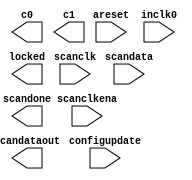
// megafunction wizard: %ALTPLL%VBB%
// GENERATION: STANDARD
// VERSION: WM1.0
// MODULE: altpll 

// ============================================================
// Megafunction Name(s):
// 			altpll
//
// Simulation Library Files(s):
// 			altera_mf
// ============================================================
// ************************************************************
// THIS IS A WIZARD-GENERATED FILE. DO NOT EDIT THIS FILE!
//
// 18.1.0 Build 625 09/12/2018 SJ Lite Edition
// ************************************************************

//Copyright (C) 2018  Intel Corporation. All rights reserved.
//Your use of Intel Corporation's design tools, logic functions 
//and other software and tools, and its AMPP partner logic 
//functions, and any output files from any of the foregoing 
//(including device programming or simulation files), and any 
//associated documentation or information are expressly subject 
//to the terms and conditions of the Intel Program License 
//Subscription Agreement, the Intel Quartus Prime License Agreement,
//the Intel FPGA IP License Agreement, or other applicable license
//agreement, including, without limitation, that your use is for
//the sole purpose of programming logic devices manufactured by
//Intel and sold by Intel or its authorized distributors.  Please
//refer to the applicable agreement for further details.

module pll_vo (
	areset,
	configupdate,
	inclk0,
	scanclk,
	scanclkena,
	scandata,
	c0,
	c1,
	locked,
	scandataout,
	scandone);

	input	  areset;
	input	  configupdate;
	input	  inclk0;
	input	  scanclk;
	input	  scanclkena;
	input	  scandata;
	output	  c0;
	output	  c1;
	output	  locked;
	output	  scandataout;
	output	  scandone;
`ifndef ALTERA_RESERVED_QIS
// synopsys translate_off
`endif
	tri0	  areset;
	tri0	  configupdate;
	tri0	  scanclkena;
	tri0	  scandata;
`ifndef ALTERA_RESERVED_QIS
// synopsys translate_on
`endif

endmodule

// ============================================================
// CNX file retrieval info
// ============================================================
// Retrieval info: PRIVATE: ACTIVECLK_CHECK STRING "0"
// Retrieval info: PRIVATE: BANDWIDTH STRING "1.000"
// Retrieval info: PRIVATE: BANDWIDTH_FEATURE_ENABLED STRING "1"
// Retrieval info: PRIVATE: BANDWIDTH_FREQ_UNIT STRING "MHz"
// Retrieval info: PRIVATE: BANDWIDTH_PRESET STRING "Low"
// Retrieval info: PRIVATE: BANDWIDTH_USE_AUTO STRING "1"
// Retrieval info: PRIVATE: BANDWIDTH_USE_PRESET STRING "0"
// Retrieval info: PRIVATE: CLKBAD_SWITCHOVER_CHECK STRING "0"
// Retrieval info: PRIVATE: CLKLOSS_CHECK STRING "0"
// Retrieval info: PRIVATE: CLKSWITCH_CHECK STRING "0"
// Retrieval info: PRIVATE: CNX_NO_COMPENSATE_RADIO STRING "0"
// Retrieval info: PRIVATE: CREATE_CLKBAD_CHECK STRING "0"
// Retrieval info: PRIVATE: CREATE_INCLK1_CHECK STRING "0"
// Retrieval info: PRIVATE: CUR_DEDICATED_CLK STRING "c0"
// Retrieval info: PRIVATE: CUR_FBIN_CLK STRING "c0"
// Retrieval info: PRIVATE: DEVICE_SPEED_GRADE STRING "Any"
// Retrieval info: PRIVATE: DIV_FACTOR0 NUMERIC "1"
// Retrieval info: PRIVATE: DIV_FACTOR1 NUMERIC "2"
// Retrieval info: PRIVATE: DUTY_CYCLE0 STRING "50.00000000"
// Retrieval info: PRIVATE: DUTY_CYCLE1 STRING "50.00000000"
// Retrieval info: PRIVATE: EFF_OUTPUT_FREQ_VALUE0 STRING "175.000000"
// Retrieval info: PRIVATE: EFF_OUTPUT_FREQ_VALUE1 STRING "87.500000"
// Retrieval info: PRIVATE: EXPLICIT_SWITCHOVER_COUNTER STRING "0"
// Retrieval info: PRIVATE: EXT_FEEDBACK_RADIO STRING "0"
// Retrieval info: PRIVATE: GLOCKED_COUNTER_EDIT_CHANGED STRING "1"
// Retrieval info: PRIVATE: GLOCKED_FEATURE_ENABLED STRING "0"
// Retrieval info: PRIVATE: GLOCKED_MODE_CHECK STRING "0"
// Retrieval info: PRIVATE: GLOCK_COUNTER_EDIT NUMERIC "1048575"
// Retrieval info: PRIVATE: HAS_MANUAL_SWITCHOVER STRING "1"
// Retrieval info: PRIVATE: INCLK0_FREQ_EDIT STRING "25.000"
// Retrieval info: PRIVATE: INCLK0_FREQ_UNIT_COMBO STRING "MHz"
// Retrieval info: PRIVATE: INCLK1_FREQ_EDIT STRING "100.000"
// Retrieval info: PRIVATE: INCLK1_FREQ_EDIT_CHANGED STRING "1"
// Retrieval info: PRIVATE: INCLK1_FREQ_UNIT_CHANGED STRING "1"
// Retrieval info: PRIVATE: INCLK1_FREQ_UNIT_COMBO STRING "MHz"
// Retrieval info: PRIVATE: INTENDED_DEVICE_FAMILY STRING "Cyclone IV E"
// Retrieval info: PRIVATE: INT_FEEDBACK__MODE_RADIO STRING "1"
// Retrieval info: PRIVATE: LOCKED_OUTPUT_CHECK STRING "1"
// Retrieval info: PRIVATE: LONG_SCAN_RADIO STRING "1"
// Retrieval info: PRIVATE: LVDS_MODE_DATA_RATE STRING "Not Available"
// Retrieval info: PRIVATE: LVDS_MODE_DATA_RATE_DIRTY NUMERIC "0"
// Retrieval info: PRIVATE: LVDS_PHASE_SHIFT_UNIT0 STRING "deg"
// Retrieval info: PRIVATE: LVDS_PHASE_SHIFT_UNIT1 STRING "deg"
// Retrieval info: PRIVATE: MIG_DEVICE_SPEED_GRADE STRING "Any"
// Retrieval info: PRIVATE: MIRROR_CLK0 STRING "0"
// Retrieval info: PRIVATE: MIRROR_CLK1 STRING "0"
// Retrieval info: PRIVATE: MULT_FACTOR0 NUMERIC "1"
// Retrieval info: PRIVATE: MULT_FACTOR1 NUMERIC "7"
// Retrieval info: PRIVATE: NORMAL_MODE_RADIO STRING "1"
// Retrieval info: PRIVATE: OUTPUT_FREQ0 STRING "175.00000000"
// Retrieval info: PRIVATE: OUTPUT_FREQ1 STRING "87.50000000"
// Retrieval info: PRIVATE: OUTPUT_FREQ_MODE0 STRING "1"
// Retrieval info: PRIVATE: OUTPUT_FREQ_MODE1 STRING "1"
// Retrieval info: PRIVATE: OUTPUT_FREQ_UNIT0 STRING "MHz"
// Retrieval info: PRIVATE: OUTPUT_FREQ_UNIT1 STRING "MHz"
// Retrieval info: PRIVATE: PHASE_RECONFIG_FEATURE_ENABLED STRING "1"
// Retrieval info: PRIVATE: PHASE_RECONFIG_INPUTS_CHECK STRING "0"
// Retrieval info: PRIVATE: PHASE_SHIFT0 STRING "0.00000000"
// Retrieval info: PRIVATE: PHASE_SHIFT1 STRING "0.00000000"
// Retrieval info: PRIVATE: PHASE_SHIFT_STEP_ENABLED_CHECK STRING "0"
// Retrieval info: PRIVATE: PHASE_SHIFT_UNIT0 STRING "deg"
// Retrieval info: PRIVATE: PHASE_SHIFT_UNIT1 STRING "deg"
// Retrieval info: PRIVATE: PLL_ADVANCED_PARAM_CHECK STRING "0"
// Retrieval info: PRIVATE: PLL_ARESET_CHECK STRING "1"
// Retrieval info: PRIVATE: PLL_AUTOPLL_CHECK NUMERIC "1"
// Retrieval info: PRIVATE: PLL_ENHPLL_CHECK NUMERIC "0"
// Retrieval info: PRIVATE: PLL_FASTPLL_CHECK NUMERIC "0"
// Retrieval info: PRIVATE: PLL_FBMIMIC_CHECK STRING "0"
// Retrieval info: PRIVATE: PLL_LVDS_PLL_CHECK NUMERIC "0"
// Retrieval info: PRIVATE: PLL_PFDENA_CHECK STRING "0"
// Retrieval info: PRIVATE: PLL_TARGET_HARCOPY_CHECK NUMERIC "0"
// Retrieval info: PRIVATE: PRIMARY_CLK_COMBO STRING "inclk0"
// Retrieval info: PRIVATE: RECONFIG_FILE STRING "pll_vo.mif"
// Retrieval info: PRIVATE: SACN_INPUTS_CHECK STRING "1"
// Retrieval info: PRIVATE: SCAN_FEATURE_ENABLED STRING "1"
// Retrieval info: PRIVATE: SELF_RESET_LOCK_LOSS STRING "0"
// Retrieval info: PRIVATE: SHORT_SCAN_RADIO STRING "0"
// Retrieval info: PRIVATE: SPREAD_FEATURE_ENABLED STRING "0"
// Retrieval info: PRIVATE: SPREAD_FREQ STRING "50.000"
// Retrieval info: PRIVATE: SPREAD_FREQ_UNIT STRING "KHz"
// Retrieval info: PRIVATE: SPREAD_PERCENT STRING "0.500"
// Retrieval info: PRIVATE: SPREAD_USE STRING "0"
// Retrieval info: PRIVATE: SRC_SYNCH_COMP_RADIO STRING "0"
// Retrieval info: PRIVATE: STICKY_CLK0 STRING "1"
// Retrieval info: PRIVATE: STICKY_CLK1 STRING "1"
// Retrieval info: PRIVATE: SWITCHOVER_COUNT_EDIT NUMERIC "1"
// Retrieval info: PRIVATE: SWITCHOVER_FEATURE_ENABLED STRING "1"
// Retrieval info: PRIVATE: SYNTH_WRAPPER_GEN_POSTFIX STRING "0"
// Retrieval info: PRIVATE: USE_CLK0 STRING "1"
// Retrieval info: PRIVATE: USE_CLK1 STRING "1"
// Retrieval info: PRIVATE: USE_CLKENA0 STRING "0"
// Retrieval info: PRIVATE: USE_CLKENA1 STRING "0"
// Retrieval info: PRIVATE: USE_MIL_SPEED_GRADE NUMERIC "0"
// Retrieval info: PRIVATE: ZERO_DELAY_RADIO STRING "0"
// Retrieval info: LIBRARY: altera_mf altera_mf.altera_mf_components.all
// Retrieval info: CONSTANT: BANDWIDTH_TYPE STRING "AUTO"
// Retrieval info: CONSTANT: CLK0_DIVIDE_BY NUMERIC "1"
// Retrieval info: CONSTANT: CLK0_DUTY_CYCLE NUMERIC "50"
// Retrieval info: CONSTANT: CLK0_MULTIPLY_BY NUMERIC "7"
// Retrieval info: CONSTANT: CLK0_PHASE_SHIFT STRING "0"
// Retrieval info: CONSTANT: CLK1_DIVIDE_BY NUMERIC "2"
// Retrieval info: CONSTANT: CLK1_DUTY_CYCLE NUMERIC "50"
// Retrieval info: CONSTANT: CLK1_MULTIPLY_BY NUMERIC "7"
// Retrieval info: CONSTANT: CLK1_PHASE_SHIFT STRING "0"
// Retrieval info: CONSTANT: COMPENSATE_CLOCK STRING "CLK0"
// Retrieval info: CONSTANT: INCLK0_INPUT_FREQUENCY NUMERIC "40000"
// Retrieval info: CONSTANT: INTENDED_DEVICE_FAMILY STRING "Cyclone IV E"
// Retrieval info: CONSTANT: LPM_TYPE STRING "altpll"
// Retrieval info: CONSTANT: OPERATION_MODE STRING "NORMAL"
// Retrieval info: CONSTANT: PLL_TYPE STRING "AUTO"
// Retrieval info: CONSTANT: PORT_ACTIVECLOCK STRING "PORT_UNUSED"
// Retrieval info: CONSTANT: PORT_ARESET STRING "PORT_USED"
// Retrieval info: CONSTANT: PORT_CLKBAD0 STRING "PORT_UNUSED"
// Retrieval info: CONSTANT: PORT_CLKBAD1 STRING "PORT_UNUSED"
// Retrieval info: CONSTANT: PORT_CLKLOSS STRING "PORT_UNUSED"
// Retrieval info: CONSTANT: PORT_CLKSWITCH STRING "PORT_UNUSED"
// Retrieval info: CONSTANT: PORT_CONFIGUPDATE STRING "PORT_USED"
// Retrieval info: CONSTANT: PORT_FBIN STRING "PORT_UNUSED"
// Retrieval info: CONSTANT: PORT_INCLK0 STRING "PORT_USED"
// Retrieval info: CONSTANT: PORT_INCLK1 STRING "PORT_UNUSED"
// Retrieval info: CONSTANT: PORT_LOCKED STRING "PORT_USED"
// Retrieval info: CONSTANT: PORT_PFDENA STRING "PORT_UNUSED"
// Retrieval info: CONSTANT: PORT_PHASECOUNTERSELECT STRING "PORT_UNUSED"
// Retrieval info: CONSTANT: PORT_PHASEDONE STRING "PORT_UNUSED"
// Retrieval info: CONSTANT: PORT_PHASESTEP STRING "PORT_UNUSED"
// Retrieval info: CONSTANT: PORT_PHASEUPDOWN STRING "PORT_UNUSED"
// Retrieval info: CONSTANT: PORT_PLLENA STRING "PORT_UNUSED"
// Retrieval info: CONSTANT: PORT_SCANACLR STRING "PORT_UNUSED"
// Retrieval info: CONSTANT: PORT_SCANCLK STRING "PORT_USED"
// Retrieval info: CONSTANT: PORT_SCANCLKENA STRING "PORT_USED"
// Retrieval info: CONSTANT: PORT_SCANDATA STRING "PORT_USED"
// Retrieval info: CONSTANT: PORT_SCANDATAOUT STRING "PORT_USED"
// Retrieval info: CONSTANT: PORT_SCANDONE STRING "PORT_USED"
// Retrieval info: CONSTANT: PORT_SCANREAD STRING "PORT_UNUSED"
// Retrieval info: CONSTANT: PORT_SCANWRITE STRING "PORT_UNUSED"
// Retrieval info: CONSTANT: PORT_clk0 STRING "PORT_USED"
// Retrieval info: CONSTANT: PORT_clk1 STRING "PORT_USED"
// Retrieval info: CONSTANT: PORT_clk2 STRING "PORT_UNUSED"
// Retrieval info: CONSTANT: PORT_clk3 STRING "PORT_UNUSED"
// Retrieval info: CONSTANT: PORT_clk4 STRING "PORT_UNUSED"
// Retrieval info: CONSTANT: PORT_clk5 STRING "PORT_UNUSED"
// Retrieval info: CONSTANT: PORT_clkena0 STRING "PORT_UNUSED"
// Retrieval info: CONSTANT: PORT_clkena1 STRING "PORT_UNUSED"
// Retrieval info: CONSTANT: PORT_clkena2 STRING "PORT_UNUSED"
// Retrieval info: CONSTANT: PORT_clkena3 STRING "PORT_UNUSED"
// Retrieval info: CONSTANT: PORT_clkena4 STRING "PORT_UNUSED"
// Retrieval info: CONSTANT: PORT_clkena5 STRING "PORT_UNUSED"
// Retrieval info: CONSTANT: PORT_extclk0 STRING "PORT_UNUSED"
// Retrieval info: CONSTANT: PORT_extclk1 STRING "PORT_UNUSED"
// Retrieval info: CONSTANT: PORT_extclk2 STRING "PORT_UNUSED"
// Retrieval info: CONSTANT: PORT_extclk3 STRING "PORT_UNUSED"
// Retrieval info: CONSTANT: SELF_RESET_ON_LOSS_LOCK STRING "OFF"
// Retrieval info: CONSTANT: WIDTH_CLOCK NUMERIC "5"
// Retrieval info: CONSTANT: scan_chain_mif_file STRING "pll_vo.mif"
// Retrieval info: USED_PORT: @clk 0 0 5 0 OUTPUT_CLK_EXT VCC "@clk[4..0]"
// Retrieval info: USED_PORT: areset 0 0 0 0 INPUT GND "areset"
// Retrieval info: USED_PORT: c0 0 0 0 0 OUTPUT_CLK_EXT VCC "c0"
// Retrieval info: USED_PORT: c1 0 0 0 0 OUTPUT_CLK_EXT VCC "c1"
// Retrieval info: USED_PORT: configupdate 0 0 0 0 INPUT GND "configupdate"
// Retrieval info: USED_PORT: inclk0 0 0 0 0 INPUT_CLK_EXT GND "inclk0"
// Retrieval info: USED_PORT: locked 0 0 0 0 OUTPUT GND "locked"
// Retrieval info: USED_PORT: scanclk 0 0 0 0 INPUT_CLK_EXT VCC "scanclk"
// Retrieval info: USED_PORT: scanclkena 0 0 0 0 INPUT GND "scanclkena"
// Retrieval info: USED_PORT: scandata 0 0 0 0 INPUT GND "scandata"
// Retrieval info: USED_PORT: scandataout 0 0 0 0 OUTPUT VCC "scandataout"
// Retrieval info: USED_PORT: scandone 0 0 0 0 OUTPUT VCC "scandone"
// Retrieval info: CONNECT: @areset 0 0 0 0 areset 0 0 0 0
// Retrieval info: CONNECT: @configupdate 0 0 0 0 configupdate 0 0 0 0
// Retrieval info: CONNECT: @inclk 0 0 1 1 GND 0 0 0 0
// Retrieval info: CONNECT: @inclk 0 0 1 0 inclk0 0 0 0 0
// Retrieval info: CONNECT: @scanclk 0 0 0 0 scanclk 0 0 0 0
// Retrieval info: CONNECT: @scanclkena 0 0 0 0 scanclkena 0 0 0 0
// Retrieval info: CONNECT: @scandata 0 0 0 0 scandata 0 0 0 0
// Retrieval info: CONNECT: c0 0 0 0 0 @clk 0 0 1 0
// Retrieval info: CONNECT: c1 0 0 0 0 @clk 0 0 1 1
// Retrieval info: CONNECT: locked 0 0 0 0 @locked 0 0 0 0
// Retrieval info: CONNECT: scandataout 0 0 0 0 @scandataout 0 0 0 0
// Retrieval info: CONNECT: scandone 0 0 0 0 @scandone 0 0 0 0
// Retrieval info: GEN_FILE: TYPE_NORMAL pll_vo.v TRUE
// Retrieval info: GEN_FILE: TYPE_NORMAL pll_vo.ppf TRUE
// Retrieval info: GEN_FILE: TYPE_NORMAL pll_vo.inc FALSE
// Retrieval info: GEN_FILE: TYPE_NORMAL pll_vo.cmp FALSE
// Retrieval info: GEN_FILE: TYPE_NORMAL pll_vo.bsf FALSE
// Retrieval info: GEN_FILE: TYPE_NORMAL pll_vo_inst.v FALSE
// Retrieval info: GEN_FILE: TYPE_NORMAL pll_vo_bb.v TRUE
// Retrieval info: GEN_FILE: TYPE_NORMAL pll_vo.mif TRUE
// Retrieval info: LIB_FILE: altera_mf
// Retrieval info: CBX_MODULE_PREFIX: ON